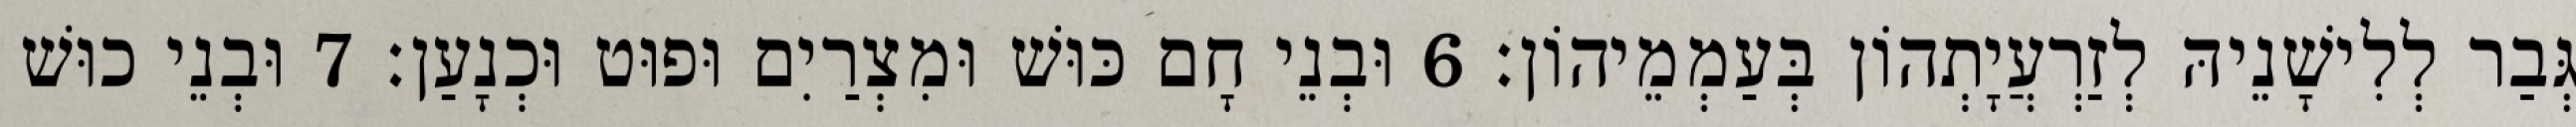
גְּבַר לְלִישָׁנֵיהּ לְזַרְעֲיָתְהוֹן בְּעַמְמֵיהוֹן׃ 6 וּבְנֵי חָם כּוּשׁ וּמִצְרַיִם וּפוּט וּכְנָעַן׃ 7 וּבְנֵי כוּשׁ